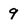
Character: 9